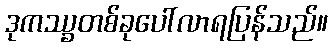
ဒုကဿ္ခတစ်ခုပေါ်လာရပြန်သည်။